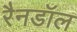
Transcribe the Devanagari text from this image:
रैनडॉल